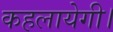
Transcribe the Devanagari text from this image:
कहलायेगी।